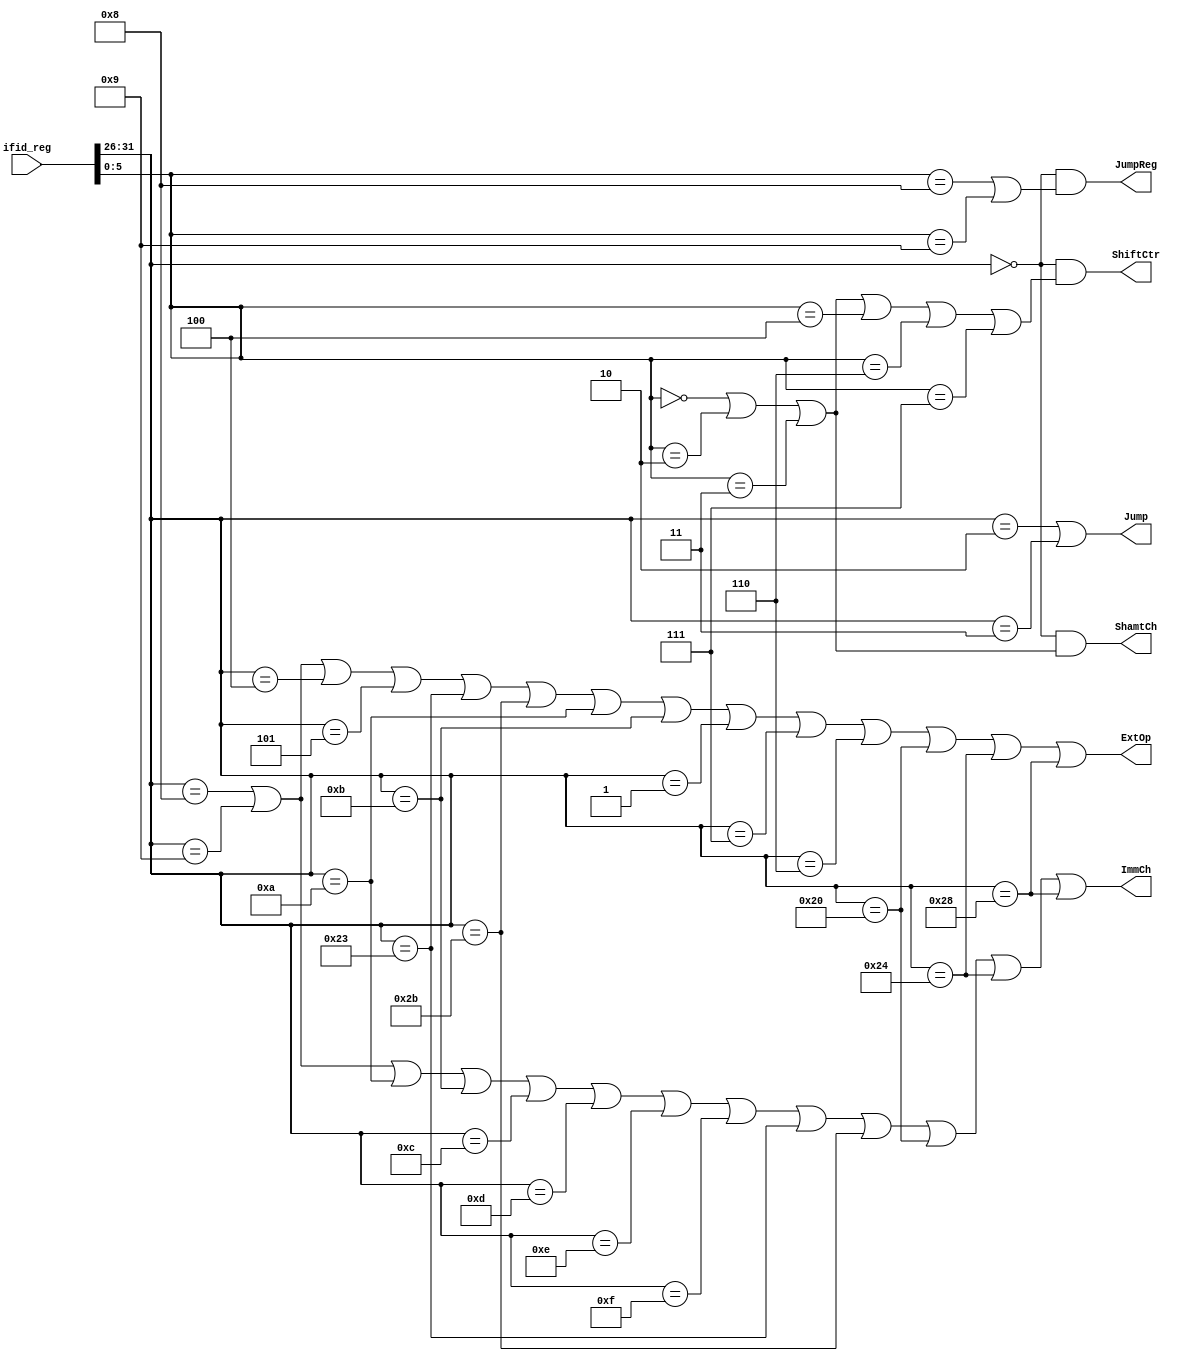
module if_id_decoder(ifid_reg,ExtOp,ImmCh,ShamtCh,ShiftCtr,Jump,JumpReg);

input wire[63:0] ifid_reg;
wire[5:0]        op,funct;
output wire      ExtOp,ImmCh,ShamtCh,ShiftCtr,Jump,JumpReg;

assign op=ifid_reg[31:26];
assign funct=ifid_reg[5:0];
assign ExtOp=(
    op==6'b001000 |
    op==6'b001001 |
    op==6'b000100 |
    op==6'b000101 |
    op==6'b100011 |
    op==6'b101011 |
    op==6'b001010 |
    op==6'b001011 |
    op==6'b000001 |
    op==6'b000111 |
    op==6'b000110 |
    op==6'b100000 |
    op==6'b100100 |
    op==6'b101000
);
assign ImmCh=(
    op==6'b001000 |
    op==6'b001001 |
    op==6'b001010 |
    op==6'b001011 |
    op==6'b001100 |
    op==6'b001101 |
    op==6'b001110 |
    op==6'b001111 |
    op==6'b100011 |
    op==6'b101011 |
    op==6'b100000 |
    op==6'b100100 |
    op==6'b101000
);
assign ShamtCh=(op==6'b000000 &&(
    funct==6'b000000 |
    funct==6'b000010 |
    funct==6'b000011
));
assign ShiftCtr=(op==6'b000000 &&(
    funct==6'b000000 |
    funct==6'b000010 |
    funct==6'b000011 |
    funct==6'b000100 |
    funct==6'b000110 |
    funct==6'b000111
));
assign Jump    = (op==6'b000010 | op==6'b000011);
assign JumpReg = (op==6'b000000 && (funct==6'b001000 | funct==6'b001001));

endmodule